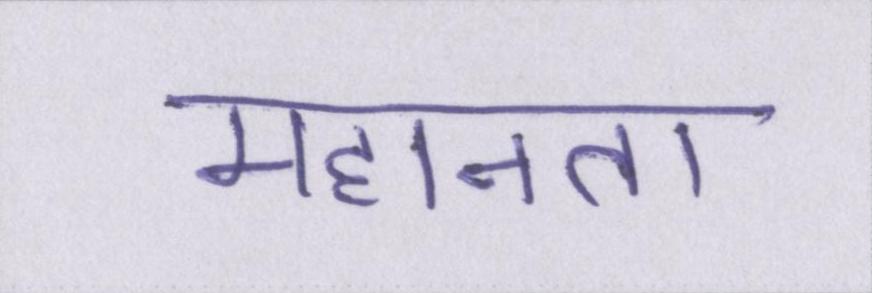
महानता